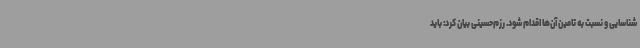
شناسایی و نسبت به تامین آن‌ها اقدام شود. رزم‌حسینی بیان کرد: باید